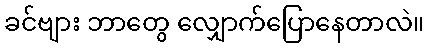
ခင်ဗျား ဘာတွေ လျှောက်ပြောနေတာလဲ။